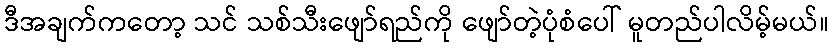
ဒီအချက်ကတော့ သင် သစ်သီးဖျော်ရည်ကို ဖျော်တဲ့ပုံစံပေါ် မူတည်ပါလိမ့်မယ်။